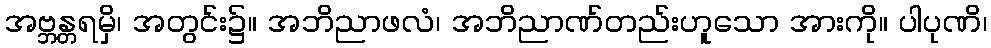
အဗ္ဘန္တရမှိ၊ အတွင်း၌။ အဘိညာဖလံ၊ အဘိညာဏ်တည်းဟူသော အားကို။ ပါပုဏိ၊